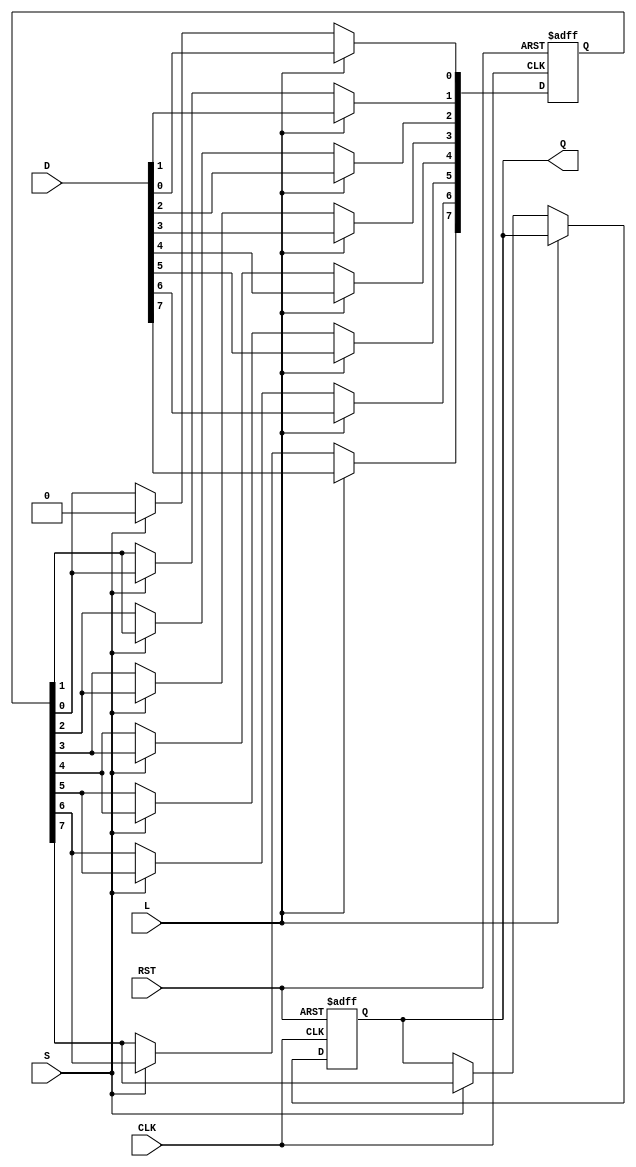
module PISO_Register #(
    parameter N = 8  // Width of the data input bus
)(
    input wire [N-1:0] D,      // Parallel data input
    input wire L,               // Load control signal
    input wire S,               // Shift control signal
    input wire CLK,             // Clock signal
    input wire RST,             // Asynchronous reset signal
    output reg Q                // Serial output
);

    reg [N-1:0] register;       // Internal storage for parallel data
    integer i;                  // Loop variable

    always @(posedge CLK or posedge RST) begin
        if (RST) begin
            register <= 0;      // Reset the register to zero
            Q <= 0;             // Reset the output
        end
        else begin
            if (L) begin
                register <= D;  // Load data in parallel
            end
            else if (S) begin
                // Shift data out serially
                Q <= register[N-1]; // Output the MSB
                // Shift the register left
                for (i = N-1; i > 0; i = i - 1) begin
                    register[i] <= register[i-1];
                end
                register[0] <= 0; // Optionally clear the LSB after shifting
            end
        end
    end

endmodule